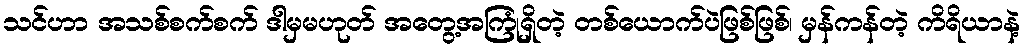
သင်ဟာ အသစ်စက်စက် ဒါမှမဟုတ် အတွေ့အကြုံရှိတဲ့ တစ်ယောက်ပဲဖြစ်ဖြစ်၊ မှန်ကန်တဲ့ ကိရိယာနဲ့